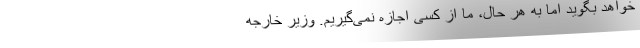
‌خواهد بگوید اما به هر حال، ما از کسی اجازه نمی‌گیریم. وزیر خارجه